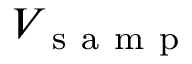
V _ { \mathrm { ~ s ~ a ~ m ~ p ~ } }